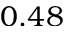
0 . 4 8